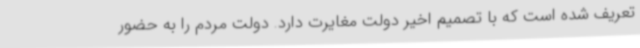
تعریف شده است که با تصمیم اخیر دولت مغایرت دارد. دولت مردم را به حضور